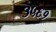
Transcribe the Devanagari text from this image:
३५६१